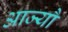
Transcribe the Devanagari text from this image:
आज्यौ